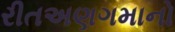
રીતઅણગમાનો